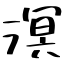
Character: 溟